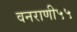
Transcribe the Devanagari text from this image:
वनराणी५५